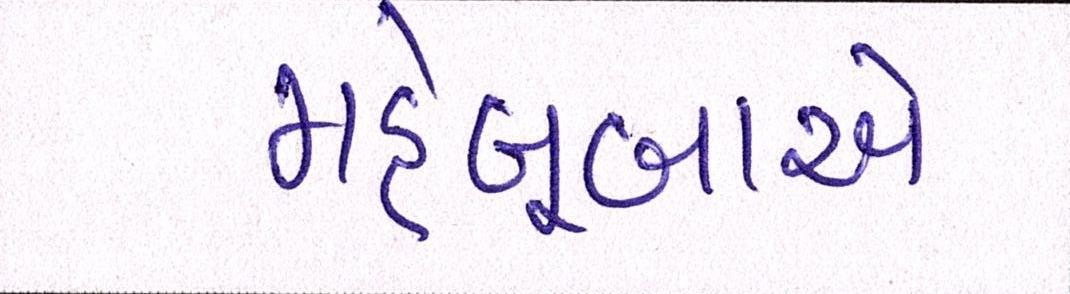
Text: મહેબૂબાએ